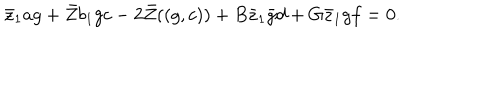
\bar { z } _ { 1 } a g + \bar { Z } b _ { 1 } g c - 2 \bar { Z } ( ( g , c ) ) + B \bar { z } _ { 1 } \bar { g } d + G \bar { z } _ { 1 } g f = 0 .